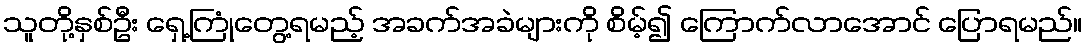
သူတို့နှစ်ဦး ရှေ့ကြုံတွေ့ရမည့် အခက်အခဲများကို စိမ့်၍ ကြောက်လာအောင် ပြောရမည်။